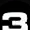
Digit: 3